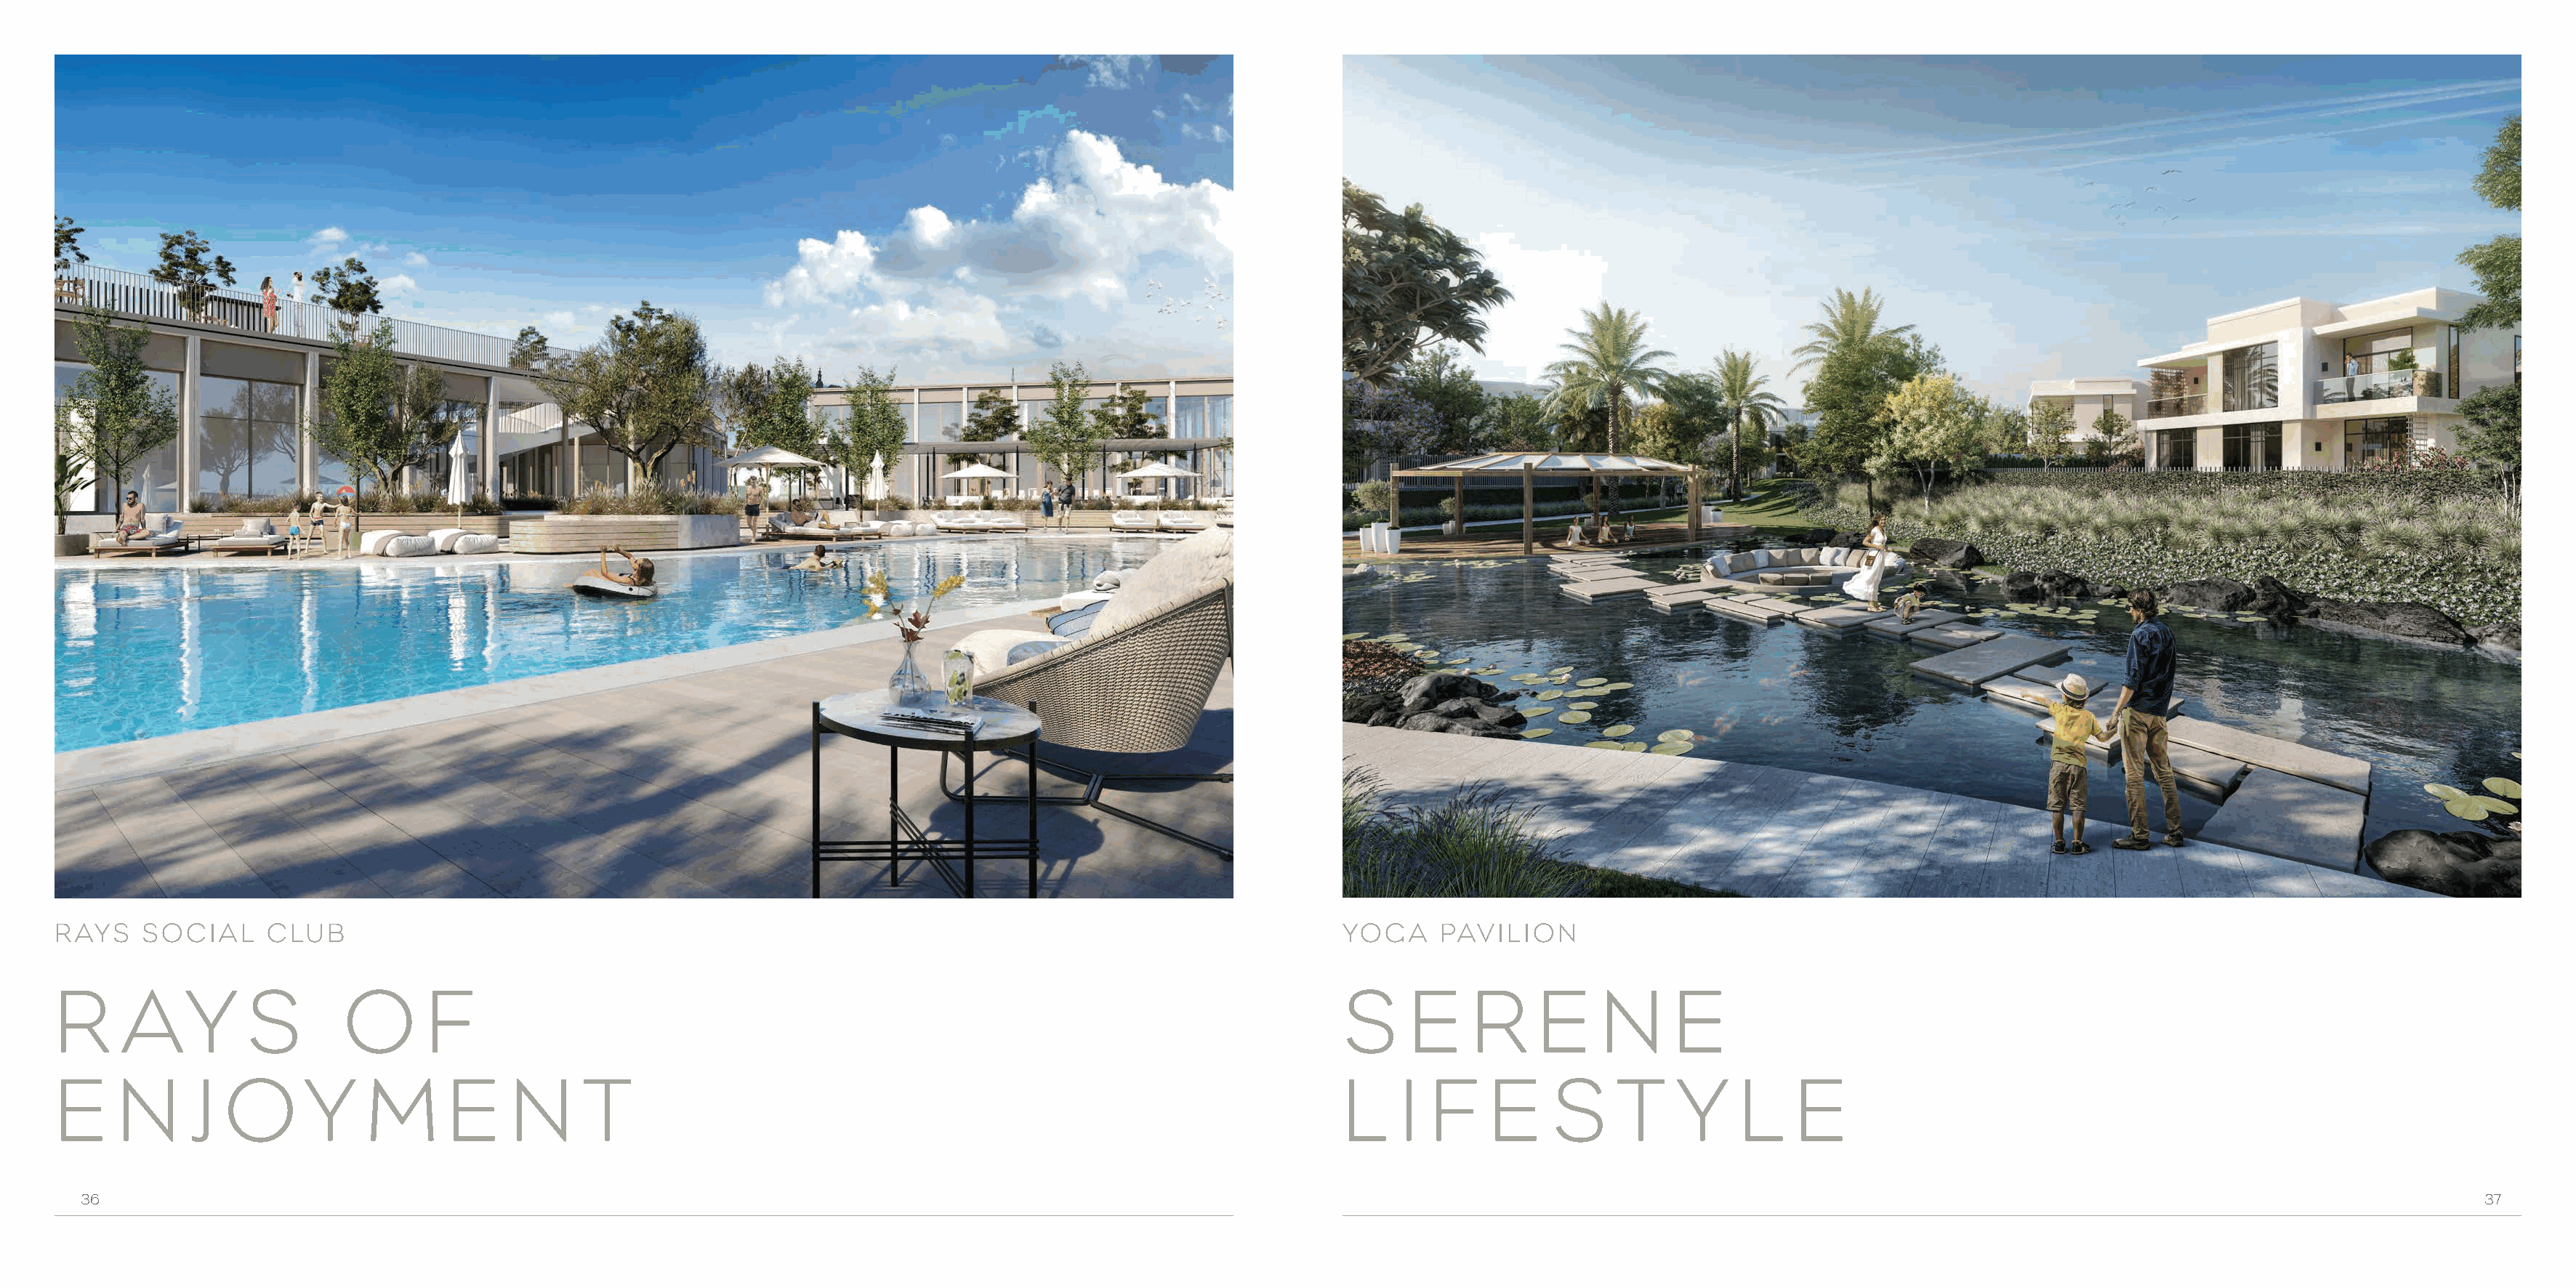
RAYS    SOCIAL     CLUB                                                                                              YOGA     PAVILION
 R     AY         S        O       F                                                                                  S     E     R     E     N     E
 E     N     J  O       Y    M       E    N      T                                                                    L    I  F     E    S     T     Y    L    E
 36                                                                                                                                                                                                                         37